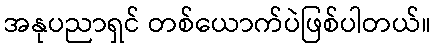
အနုပညာရှင် တစ်ယောက်ပဲဖြစ်ပါတယ်။